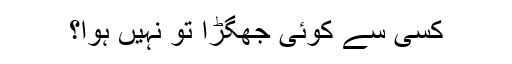
کسی سے کوئی جھگڑا تو نہیں ہوا؟